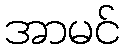
အာမင်